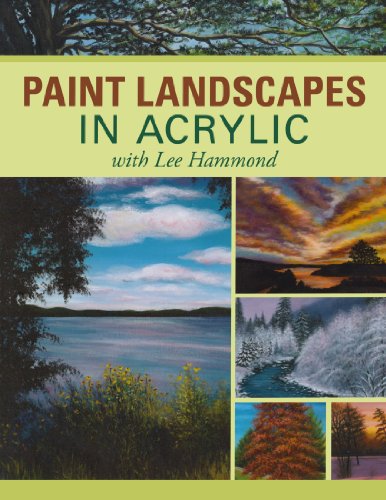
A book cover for Paint Landscapes in Acrylic with Lee Hammond; Lee Hammond; Arts & Photography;